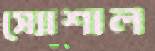
স্যোশাল